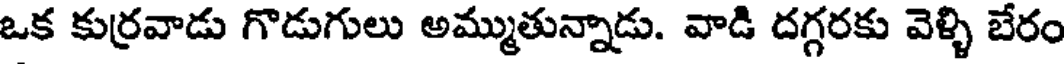
ఒక కుర్రవాడు గొడుగులు అమ్ముతున్నాడు. వాడి దగ్గరకు వెళ్ళి బేరం